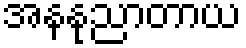
အနနုညာတာယ